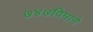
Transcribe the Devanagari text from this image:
७४७विमाने